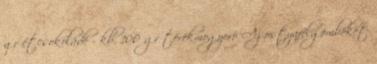
gr étcsokoládé - kb. 100 gr törökmogyoró Az ostyafélgömböket